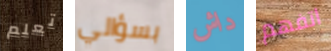
تعلم بسؤالي داش اتفهم